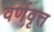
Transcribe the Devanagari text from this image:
वर्णवृत्त